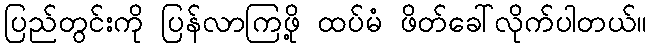
ပြည်တွင်းကို ပြန်လာကြဖို့ ထပ်မံ ဖိတ်ခေါ်လိုက်ပါတယ်။